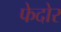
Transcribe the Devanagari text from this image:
फेदोर